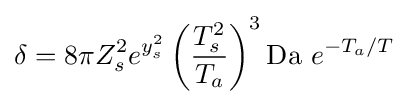
\delta =8\pi Z_{s}^{2}e^{y_{s}^{2}}\left({\frac {T_{s}^{2}}{T_{a}}}\right)^{3}\mathrm {Da} \ e^{-T_{a}/T}